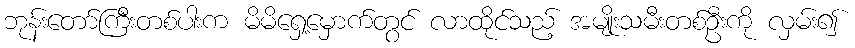
ဘုန်းတော်ကြီးတစ်ပါးက မိမိရှေ့မှောက်တွင် လာထိုင်သည့် အမျိုးသမီးတစ်ဦးကို လှမ်း၍